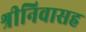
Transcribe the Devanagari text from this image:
श्रीनिवासह